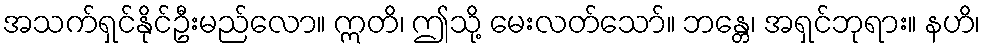
အသက်ရှင်နိုင်ဦးမည်လော။ ဣတိ၊ ဤသို့ မေးလတ်သော်။ ဘန္တေ၊ အရှင်ဘုရား။ နဟိ၊